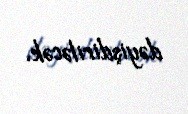
dəyişdiriləcək.